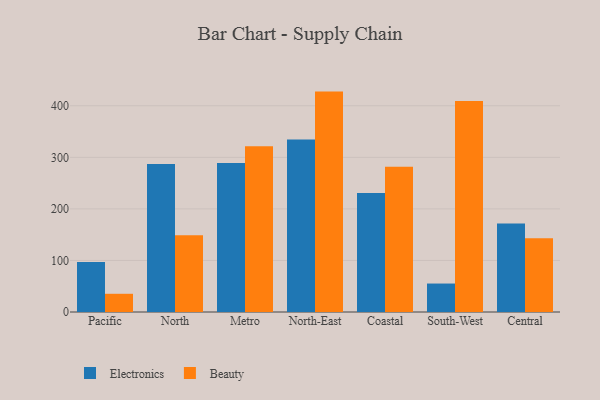
{"axis": {"x": "Region", "y": "LTV (USD)"}, "legend": ["Beauty", "Electronics"], "data": [{"x": "Pacific", "y": 97.1, "type": "Electronics"}, {"x": "Pacific", "y": 35.3, "type": "Beauty"}, {"x": "North", "y": 287.3, "type": "Electronics"}, {"x": "North", "y": 149.0, "type": "Beauty"}, {"x": "Metro", "y": 289.0, "type": "Electronics"}, {"x": "Metro", "y": 321.6, "type": "Beauty"}, {"x": "North-East", "y": 334.7, "type": "Electronics"}, {"x": "North-East", "y": 427.5, "type": "Beauty"}, {"x": "Coastal", "y": 231.0, "type": "Electronics"}, {"x": "Coastal", "y": 281.6, "type": "Beauty"}, {"x": "South-West", "y": 55.2, "type": "Electronics"}, {"x": "South-West", "y": 409.3, "type": "Beauty"}, {"x": "Central", "y": 171.9, "type": "Electronics"}, {"x": "Central", "y": 143.0, "type": "Beauty"}]}